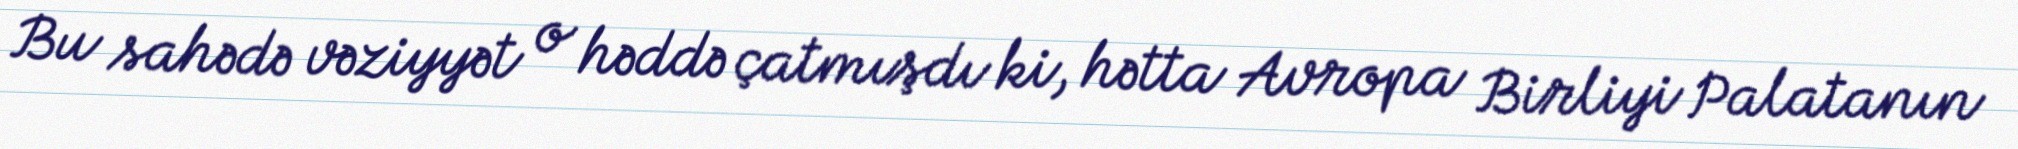
Bu sahədə vəziyyət o həddə çatmışdı ki, hətta Avropa Birliyi Palatanın